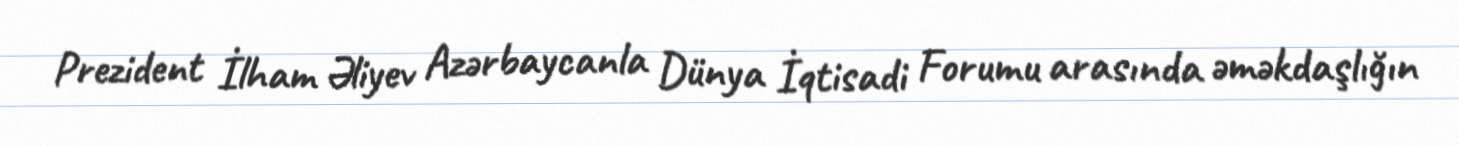
Prezident İlham Əliyev Azərbaycanla Dünya İqtisadi Forumu arasında əməkdaşlığın